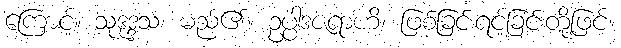
ကြောင့်။ သုဒုဒ္ဒသံ၊ မည်၏။ ဥပ္ပါဒဇရာဟိ၊ ဖြစ်ခြင်းရင့်ခြင်းတို့ဖြင့်။